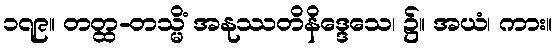
၁၇၉။ တတ္ထ-တသ္မိံ အနုဿတိနိဒ္ဒေသေ၊ ၌။ အယံ၊ ကား။